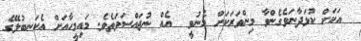
އަކަށް ކުޅަދާނަވެގެންވާ މިންވަރަކަށް މެނުވީ  އެއް ނުޖައްސަވަތެވެ. މައިމީހާއަށް އެކަނބުލޭގެ